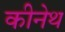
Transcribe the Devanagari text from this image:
कीनेथ